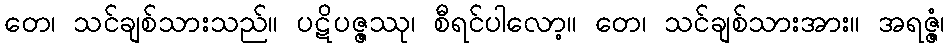
တေ၊ သင်ချစ်သားသည်။ ပဋိပဇ္ဇဿု၊ စီရင်ပါလော့။ တေ၊ သင်ချစ်သားအား။ အရဇ္ဇံ၊